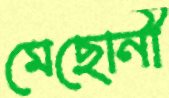
মেছোনী